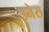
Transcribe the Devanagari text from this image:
उनेस